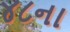
૪૮ના